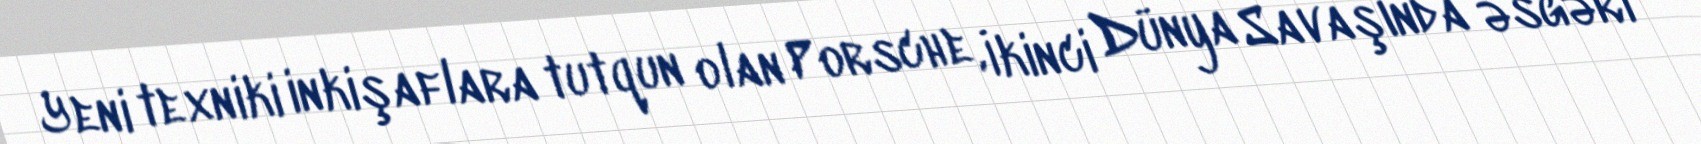
Yeni texniki inkişaflara tutqun olan Porsche, İkinci Dünya Savaşında əsgəri